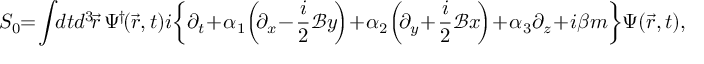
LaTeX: S _ { 0 } \! \! = \! \int \! \! d t d ^ { 3 } \! \vec { r } \, \Psi ^ { \! \dag } \! ( \vec { r } , t ) i \! \left\{ \partial _ { t } \! + \! \alpha _ { 1 } \! \left( \! \partial _ { x } \! - \! \frac { i } { 2 } { \mathcal { B } } y \! \right) \! + \! \alpha _ { 2 } \! \left( \! \partial _ { y } \! + \! \frac { i } { 2 } { \mathcal { B } } x \! \right) \! + \! \alpha _ { 3 } \partial _ { z } \! + \! i \beta m \right\} \! \Psi ( \vec { r } , t ) ,